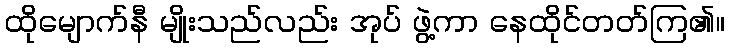
ထိုမျောက်နီ မျိုးသည်လည်း အုပ် ဖွဲ့ကာ နေထိုင်တတ်ကြ၏။